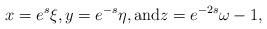
LaTeX: \begin{align*}x = e^{s} \xi, y = e^{-s} \eta, { \rm and} z = e^{-2s} \omega - 1,\end{align*}